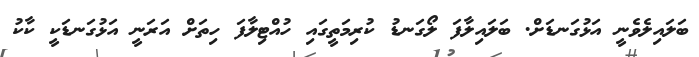
ބަލައިލެވެނީ އަޅުގަނޑަށް. ބަލައިލާފަ ލޯގަނޑު ކުރިމަތީގައި ހުއްޓިލާފަ ހިތަށް އަރަނީ އަޅުގަނޑަކީ ކާކު